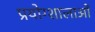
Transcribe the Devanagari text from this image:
प्रयोग्शालाओं